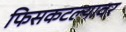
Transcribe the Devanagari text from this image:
फिसकटल्यावर